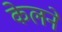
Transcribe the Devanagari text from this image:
केलने